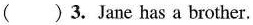
( )3.Jane has a brother.